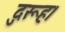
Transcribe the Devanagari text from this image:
दुरूह।